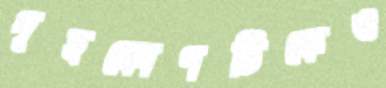
গৃহকোণটিকেও